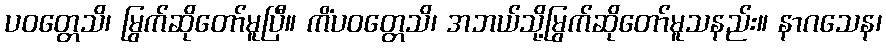
ပဝတ္တေသိ၊ မြွက်ဆိုတော်မူပြီ။ ကိံပဝတ္တေသိ၊ အဘယ်သို့မြွက်ဆိုတော်မူသနည်း။ နာဂသေန၊